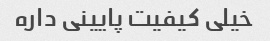
خیلی کیفیت پایینی داره